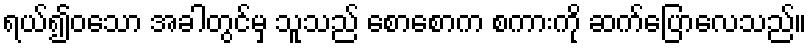
ရယ်၍ဝသော အခါတွင်မှ သူသည် စောစောက စကားကို ဆက်ပြောလေသည်။